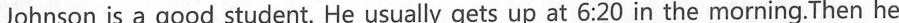
Johnson is a good student. He usually gets up at 6:20 in the morning.Then he